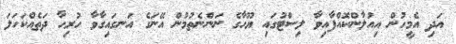
އަދި އެމީހުން އިއުލާންކޮއްފާއިވާ ލިސްޓުގައި ޔޫހާގެ ނަންނެތުމުން އޭނަގެ އަނގައިގާވާ ހުރިހާ ދަތެއްކަހަލަ